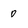
Character: 0